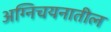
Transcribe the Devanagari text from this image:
अग्निचयनातील